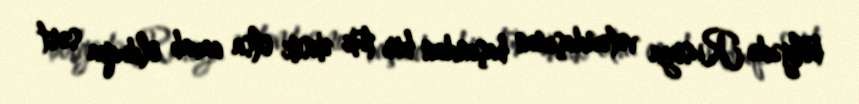
bölgədə Rusiya vətəndaşının başından bir tük əksik olsa cavab olduqca sərt